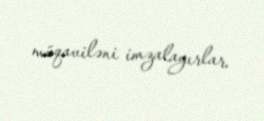
müqaviləni imzalayırlar.